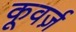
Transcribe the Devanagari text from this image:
कूवर्ज़